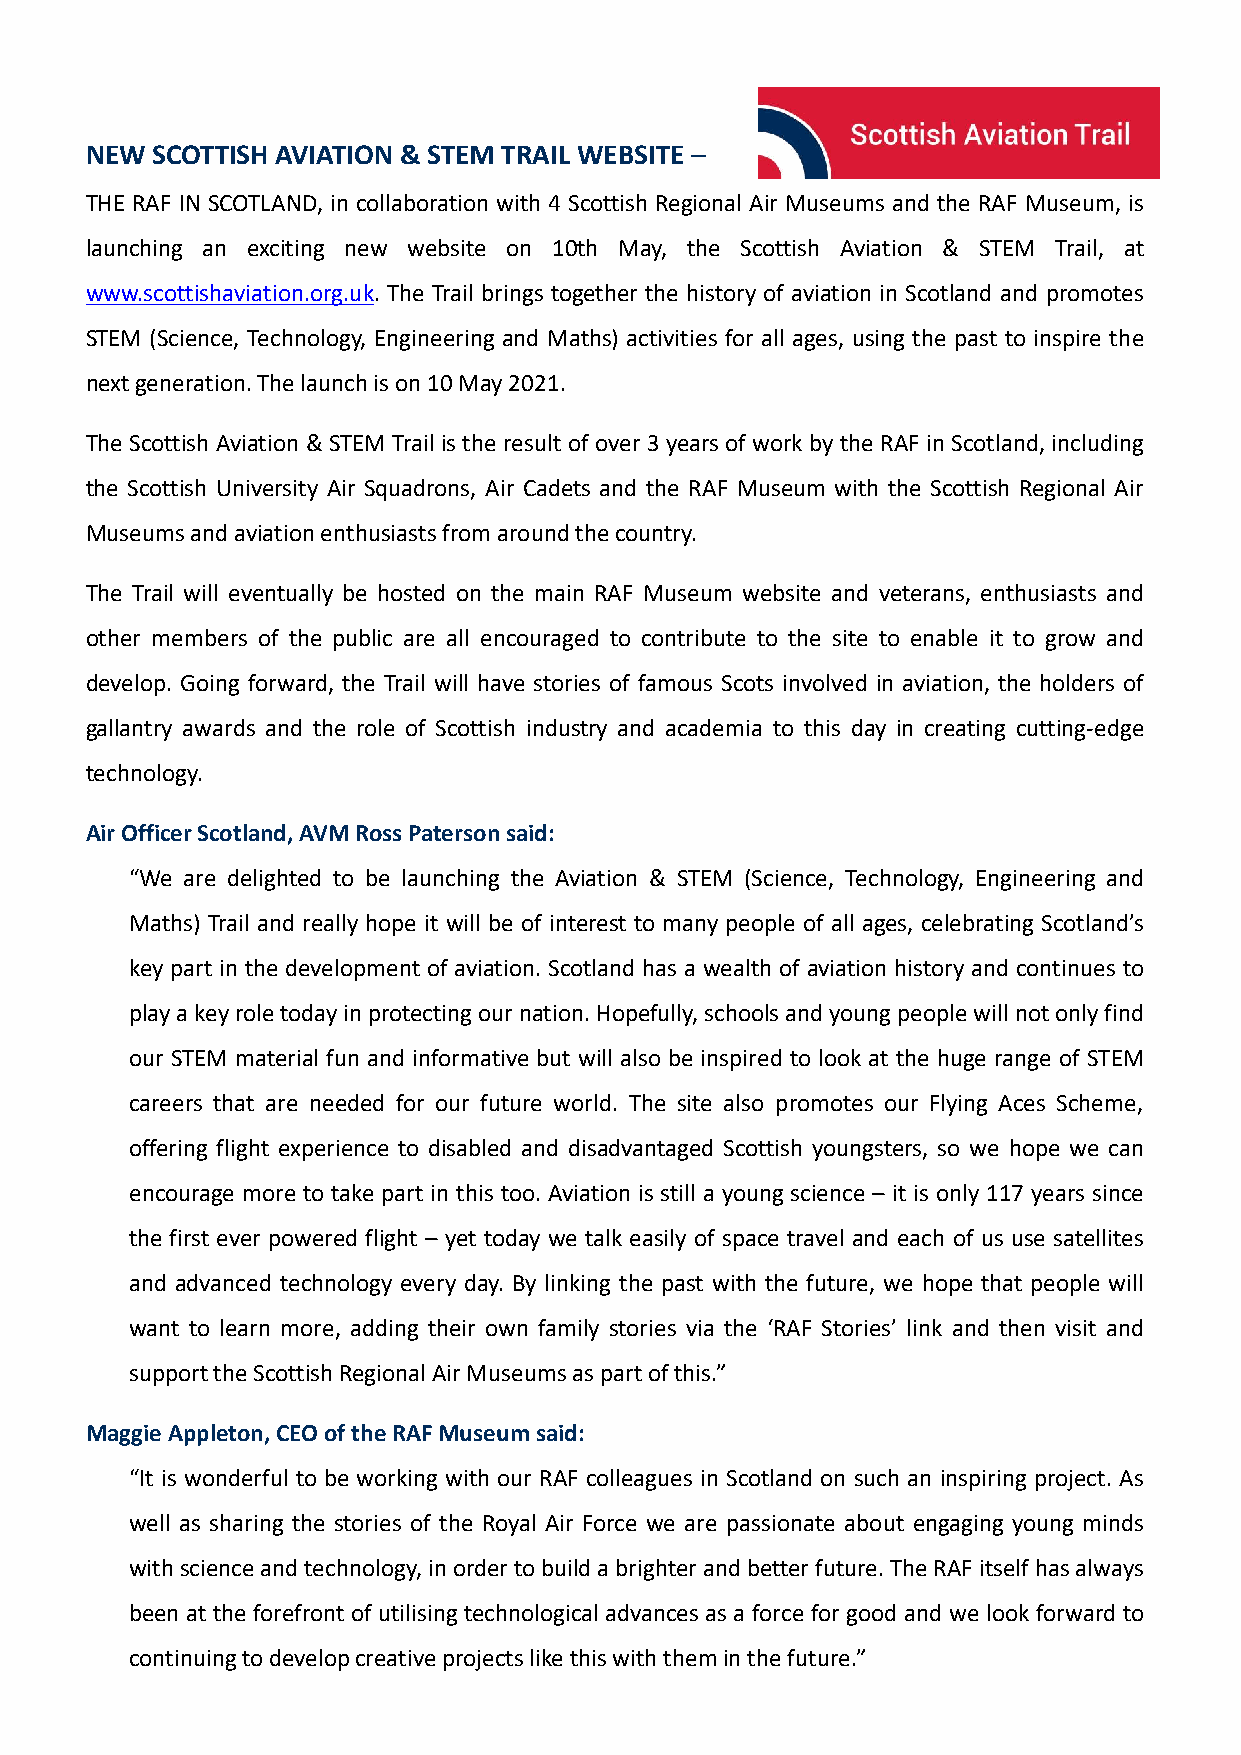
NEW SCOTTISHAVIATION & STEM TRAIL WEBSITE –
 THE RAF IN SCOTLAND, in collaboration with 4 Scottish Regional Air Museums and the RAF Museum, is
 launching an exciting new website on 10th May, the Scottish Aviation & STEM Trail, at
 www.scottishaviation.org.uk. The Trail brings together the history of aviation in Scotland and promotes
 STEM (Science, Technology, Engineering and Maths) activities for all ages, using the past to inspire the
 nextgeneration.Thelaunchison10May2021.
 The Scottish Aviation &STEM Trail istheresult ofover 3 years of work bythe RAF in Scotland, including
 the Scottish University Air Squadrons, Air Cadets and the RAF Museum with the Scottish Regional Air
 Museumsandaviationenthusiastsfromaroundthecountry.
 The Trail will eventually be hosted on the main RAF Museum website and veterans, enthusiasts and
 other members of the public are all encouraged to contribute to the site to enable it to grow and
 develop. Going forward, the Trail will have stories of famous Scots involved in aviation, the holders of
 gallantry awards and the role of Scottish industry and academia to this day in creating cutting-edge
 technology.
 AirOfficerScotland,AVMRossPatersonsaid:
 “We are delighted to be launching the Aviation & STEM (Science, Technology, Engineering and
 Maths) Trail and really hope it will be of interest to many people of all ages, celebrating Scotland’s
 key part in the development of aviation. Scotland has a wealth of aviation history and continues to
 playakeyroletodayinprotectingournation.Hopefully,schoolsandyoungpeoplewillnotonlyfind
 our STEM material fun and informative but will also be inspired to look at the huge range of STEM
 careers that are needed for our future world. The site also promotes our Flying Aces Scheme,
 offering flight experience to disabled and disadvantaged Scottish youngsters, so we hope we can
 encourage more to take part in this too. Aviation is still a young science – it is only 117 years since
 the first ever powered flight – yet today we talk easily of space travel and each of us use satellites
 and advanced technology every day. By linking the past with the future, we hope that people will
 want to learn more, adding their own family stories via the ‘RAF Stories’ link and then visit and
 supporttheScottishRegionalAirMuseumsaspartofthis.”
 MaggieAppleton,CEOoftheRAFMuseumsaid:
 “It is wonderful to be working with our RAF colleagues in Scotland on such an inspiring project. As
 well as sharing the stories of the Royal Air Force we are passionate about engaging young minds
 withscienceandtechnology,inordertobuildabrighterandbetterfuture.TheRAFitselfhasalways
 been at the forefront of utilisingtechnological advances as a force for good and we look forward to
 continuingtodevelopcreativeprojectslikethiswiththeminthefuture.”